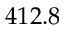
4 1 2 . 8